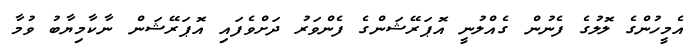
އެމީހުންގެ ލޮލުގެ ފެނުން ގެއްލުނީ އޮޕަރޭޝަންގެ ފެންވަރު ދަށްވެފައި އޮޕަރޭޝަން ނާކާމިޔާބު ވުމާ